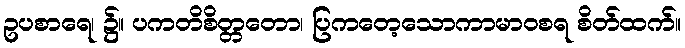
ဥပစာရေ၊ ၌။ ပကတိစိတ္တတော၊ ပြကတေ့သောကာမာဝစရ စိတ်ထက်။